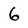
Character: 6